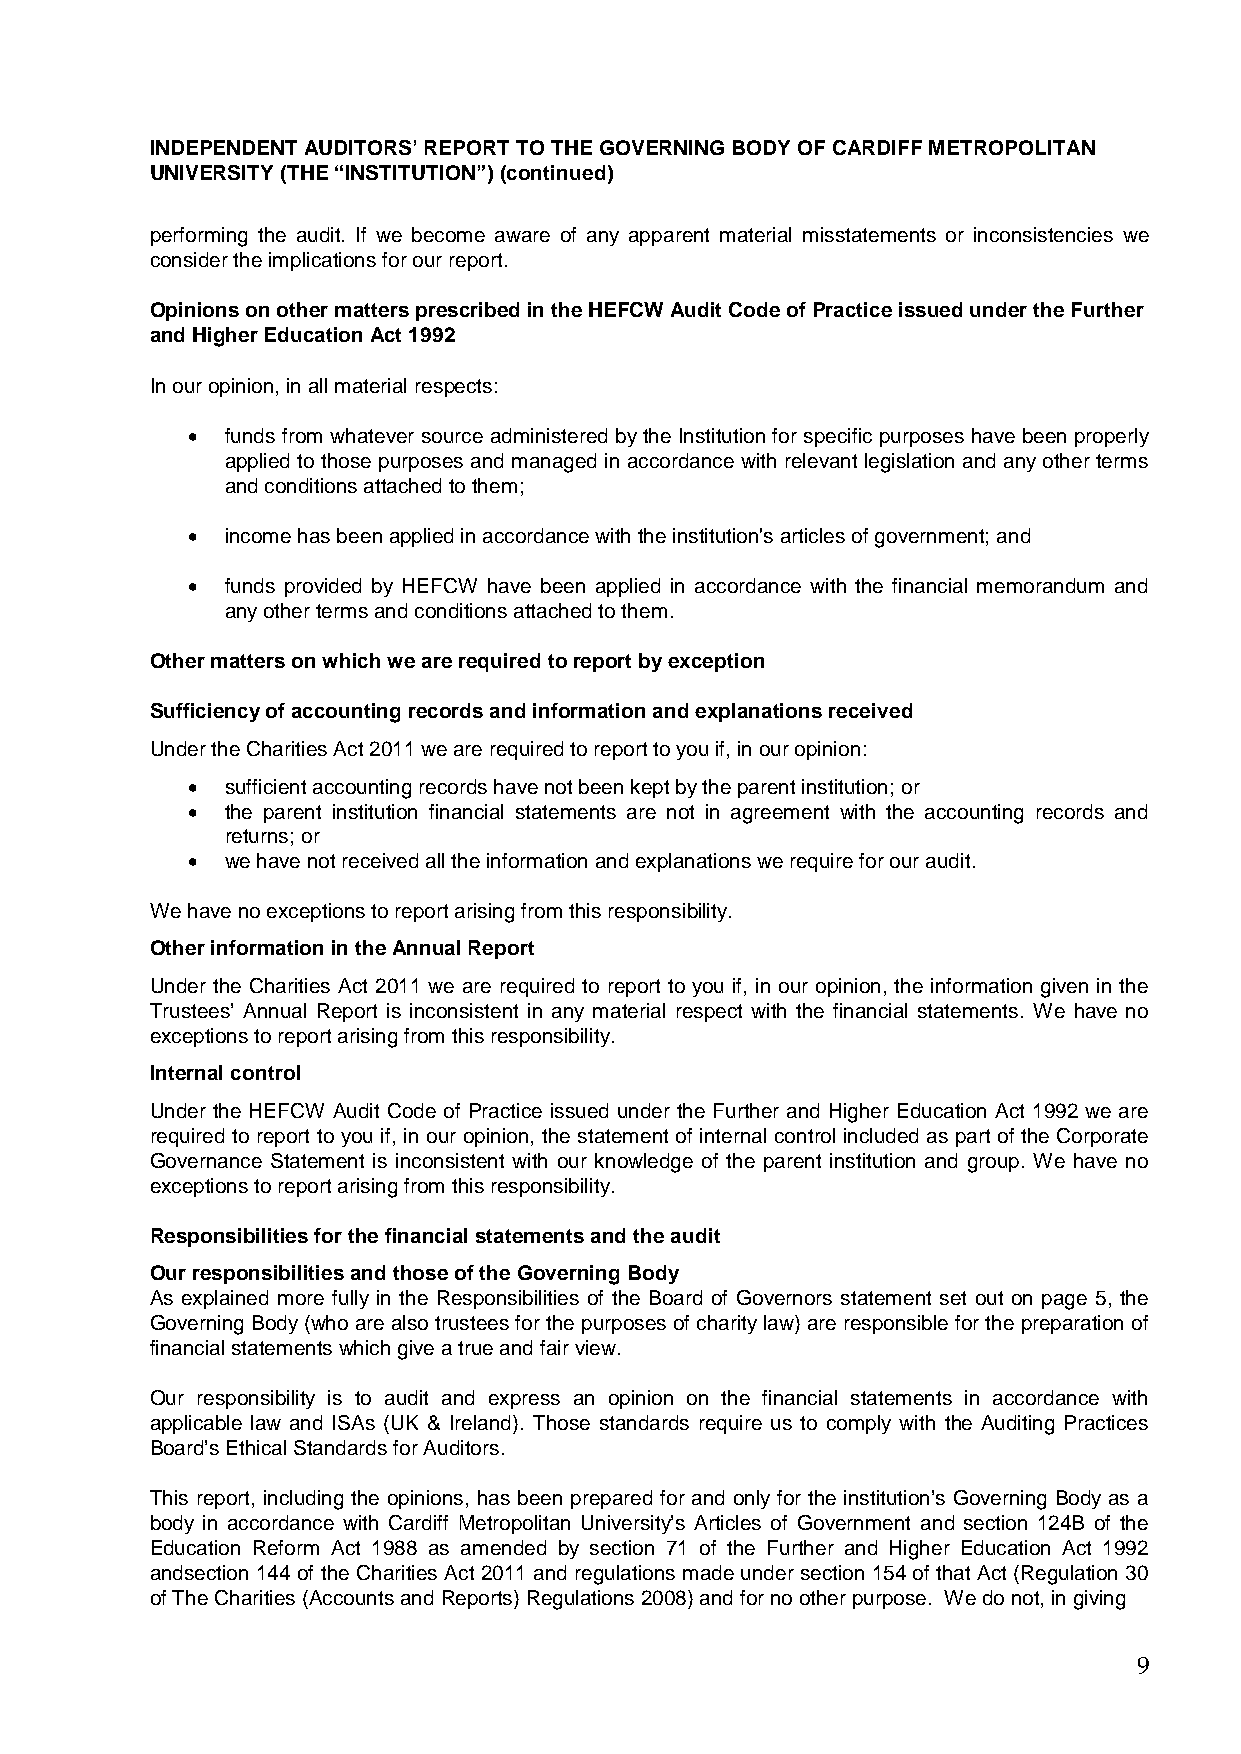
INDEPENDENT AUDITORS’ REPORT TO THE GOVERNING BODY OF CARDIFF METROPOLITAN
 UNIVERSITY (THE “INSTITUTION”) (continued)
 performing the audit. If we become aware of any apparent material misstatements or inconsistencies we
 consider the implications for our report.
 Opinions on other matters prescribed in the HEFCW Audit Code of Practice issued under the Further
 and Higher Education Act 1992
 In our opinion, in all material respects:
 •  funds from whatever source administered by the Institution for specific purposes have been properly
 applied to those purposes and managed in accordance with relevant legislation and any other terms
 and conditions attached to them;
 •  income has been applied in accordance with the institution's articles of government; and
 •  funds provided by HEFCW have been applied in accordance with the financial memorandum and
 any other terms and conditions attached to them.
 Other matters on which we are required to report by exception
 Sufficiency of accounting records and information and explanations received
 Under the Charities Act 2011 we are required to report to you if, in our opinion:
 •  sufficient accounting records have not been kept by the parent institution; or
 •  the parent institution financial statements are not in agreement with the accounting records and
 returns; or
 •  we have not received all the information and explanations we require for our audit.
 We have no exceptions to report arising from this responsibility.
 Other information in the Annual Report
 Under the Charities Act 2011 we are required to report to you if, in our opinion, the information given in the
 Trustees’ Annual Report is inconsistent in any material respect with the financial statements. We have no
 exceptions to report arising from this responsibility.
 Internal control
 Under the HEFCW Audit Code of Practice issued under the Further and Higher Education Act 1992 we are
 required to report to you if, in our opinion, the statement of internal control included as part of the Corporate
 Governance Statement is inconsistent with our knowledge of the parent institution and group. We have no
 exceptions to report arising from this responsibility.
 Responsibilities for the financial statements and the audit
 Our responsibilities and those of the Governing Body
 As explained more fully in the Responsibilities of the Board of Governors statement set out on page 5, the
 Governing Body (who are also trustees for the purposes of charity law) are responsible for the preparation of
 financial statements which give a true and fair view.
 Our responsibility is to audit and express an opinion on the financial statements in accordance with
 applicable law and ISAs (UK & Ireland). Those standards require us to comply with the Auditing Practices
 Board’s Ethical Standards for Auditors.
 This report, including the opinions, has been prepared for and only for the institution’s Governing Body as a
 body in accordance with Cardiff Metropolitan University’s Articles of Government and section 124B of the
 Education Reform Act 1988 as amended by section 71 of the Further and Higher Education Act 1992
 andsection 144 of the Charities Act 2011 and regulations made under section 154 of that Act (Regulation 30
 of The Charities (Accounts and Reports) Regulations 2008) and for no other purpose. We do not, in giving
 9